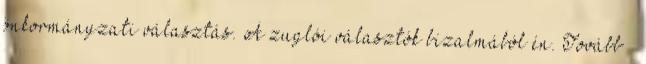
önkormányzati választás. A zuglói választók bizalmából én. Tovább ›